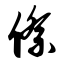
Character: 傺